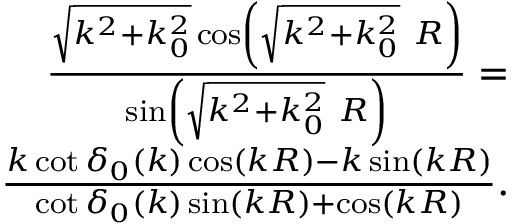
\begin{array} { r } { \frac { \sqrt { k ^ { 2 } + k _ { 0 } ^ { 2 } } \cos \left( \sqrt { k ^ { 2 } + k _ { 0 } ^ { 2 } } \ R \right) } { \sin \left( \sqrt { k ^ { 2 } + k _ { 0 } ^ { 2 } } \ R \right) } = } \\ { \frac { k \cot \delta _ { 0 } ( k ) \cos ( k R ) - k \sin ( k R ) } { \cot \delta _ { 0 } ( k ) \sin ( k R ) + \cos ( k R ) } . } \end{array}